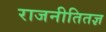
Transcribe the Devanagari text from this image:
राजनीतितज्ञ